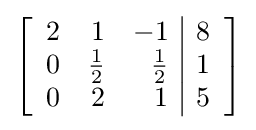
\left[{\begin{array}{rrr|r}2&1&-1&8\\0&{\frac {1}{2}}&{\frac {1}{2}}&1\\0&2&1&5\end{array}}\right]